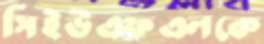
সিইউএফএলকে